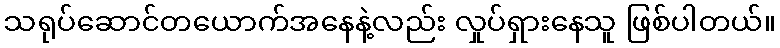
သရုပ်ဆောင်တယောက်အနေနဲ့လည်း လှုပ်ရှားနေသူ ဖြစ်ပါတယ်။